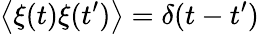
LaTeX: \left\langle\xi(t)\xi(t^{\prime})\right\rangle=\delta(t-t^{\prime})